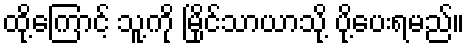
ထို့ကြောင့် သူ့ကို မြိုင်သာယာသို့ ပို့ပေးရမည်။